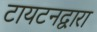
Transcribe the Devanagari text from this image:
टायटनद्वारा